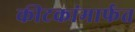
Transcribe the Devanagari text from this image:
कीटकांमार्फत